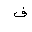
Letter: _fa